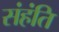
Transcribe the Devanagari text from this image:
संहंति